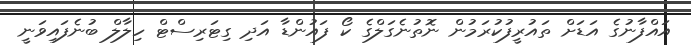
އައްފާނުގެ އަޑަށް ތައުރީފުކުރަމުން ނޮތުނެގަލްގެ ކޯ ފައުންޑާ އަދި ގިޓަރިސްޓް ހިލާލް ބުނެފައިވަނީ